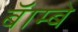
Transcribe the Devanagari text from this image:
बॅाम्बे